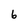
Character: 6